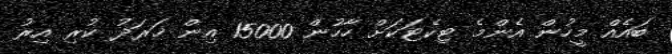
ބައެއް މީހުން އެންމެ ޓިކެޓަކަށް ހާހުން 15000 އިން ޚަރަދު ކުރި އިރު